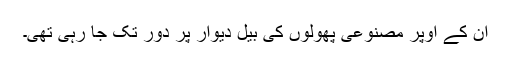
ان کے اوپر مصنوعی پھولوں کی بیل دیوار پر دور تک جا رہی تھی۔